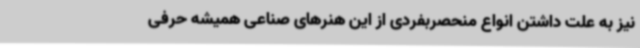
نیز ‌به علت داشتن انواع منحصربفردی از این هنرهای صناعی همیشه حرفی